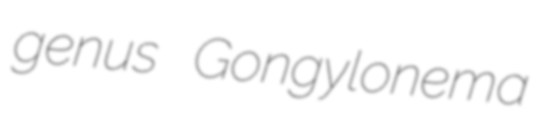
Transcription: genus Gongylonema